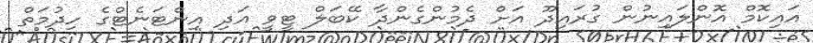
އައިކޮމް އޮންލައިނުން ގުރައިދޫ އަށް ދެމުންގެންދާ ކޭބަލް ޓީވީ އަދި އިންޓަނެޓްގެ ހިދުމަތް